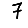
Digit: 7